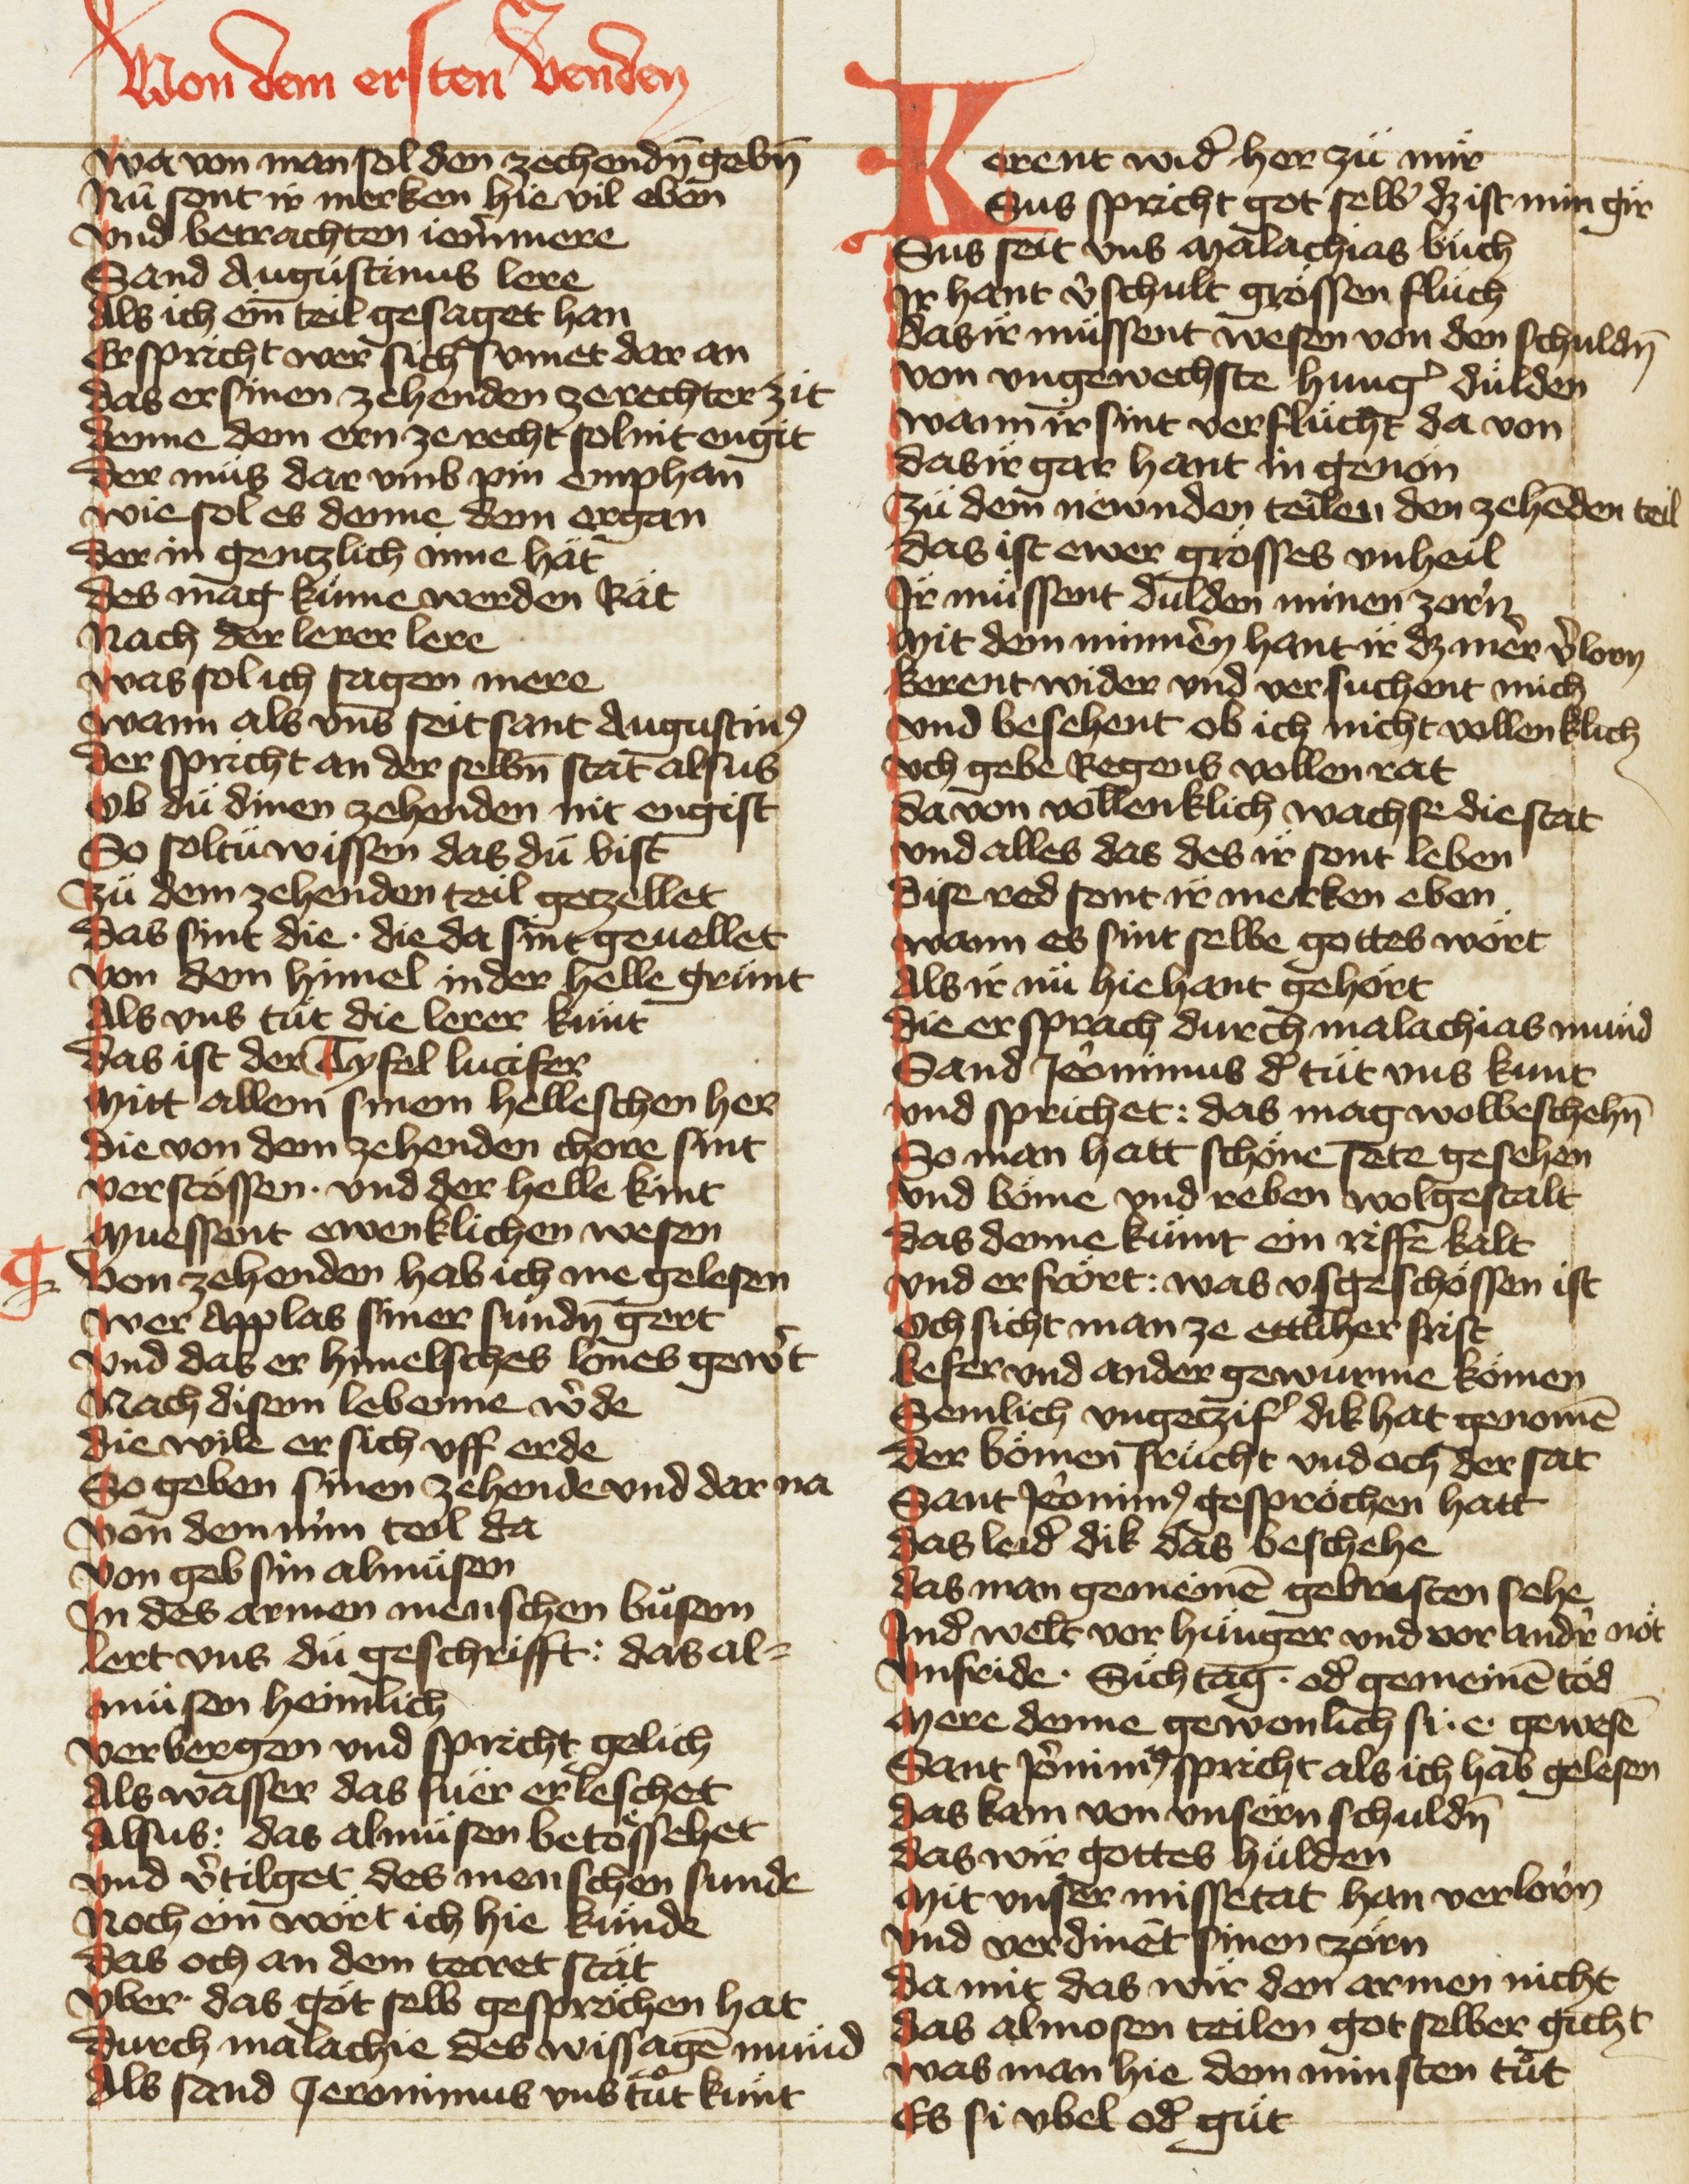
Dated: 1420–1429